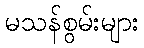
မသန်စွမ်းများ